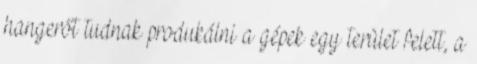
hangerőt tudnak produkálni a gépek egy terület felett, a